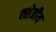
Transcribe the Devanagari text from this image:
क्शेत्रीय